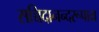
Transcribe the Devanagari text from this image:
सच्चिदानन्दरूपाय